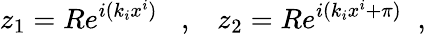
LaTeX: z_{1}=Re^{i(k_{i}x^{i})}\; \; \; ,\; \; \; z_{2}=Re^{i(k_{i}x^{i}+\pi)}\; \; ,